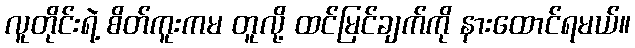
လူတိုင်းရဲ့ စိတ်ကူးကမ တူလို့ ထင်မြင်ချက်ကို နားထောင်ရမယ်။